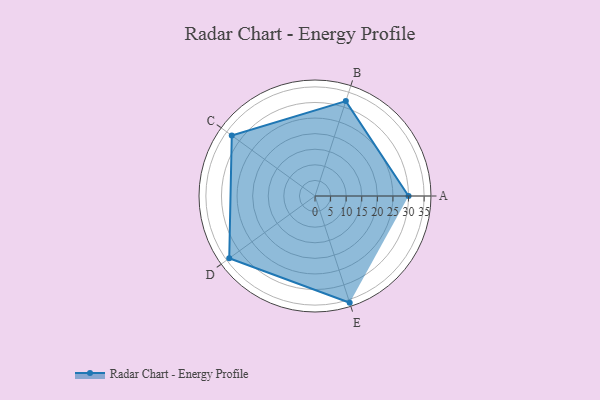
{"axis": {"x": "Skill", "y": "Score"}, "legend": ["Profile"], "data": [{"x": "A", "y": 30.0, "type": "Profile"}, {"x": "B", "y": 32.0, "type": "Profile"}, {"x": "C", "y": 33.0, "type": "Profile"}, {"x": "D", "y": 34.0, "type": "Profile"}, {"x": "E", "y": 36.0, "type": "Profile"}]}